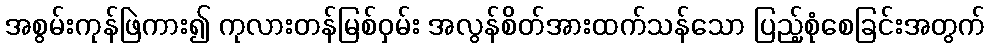
အစွမ်းကုန်ဖြဲကား၍ ကုလားတန်မြစ်ဝှမ်း အလွန်စိတ်အားထက်သန်သော ပြည့်စုံစေခြင်းအတွက်